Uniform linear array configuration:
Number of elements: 16
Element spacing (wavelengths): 0.25
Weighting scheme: hamming
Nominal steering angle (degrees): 45
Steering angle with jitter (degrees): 43.627
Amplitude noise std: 0.05
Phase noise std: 0.05

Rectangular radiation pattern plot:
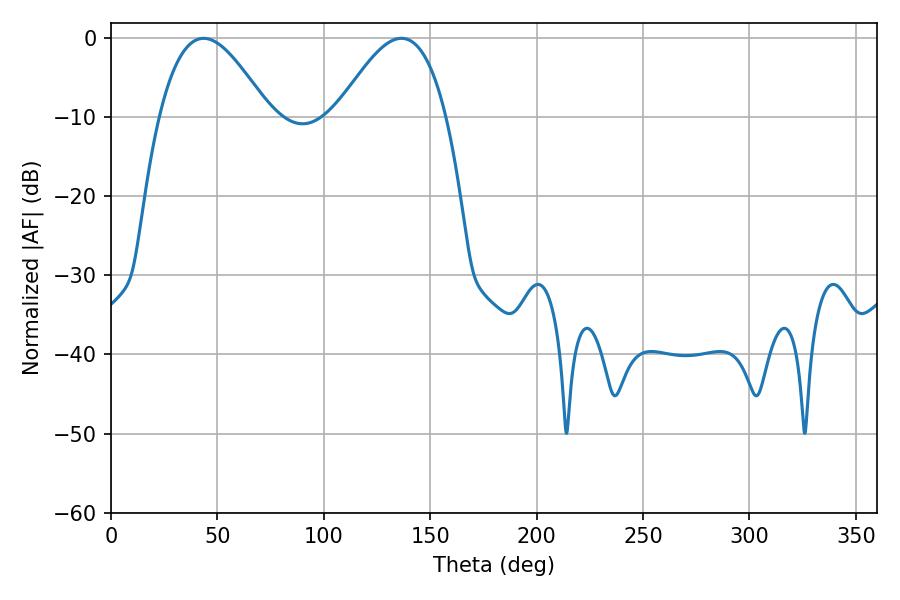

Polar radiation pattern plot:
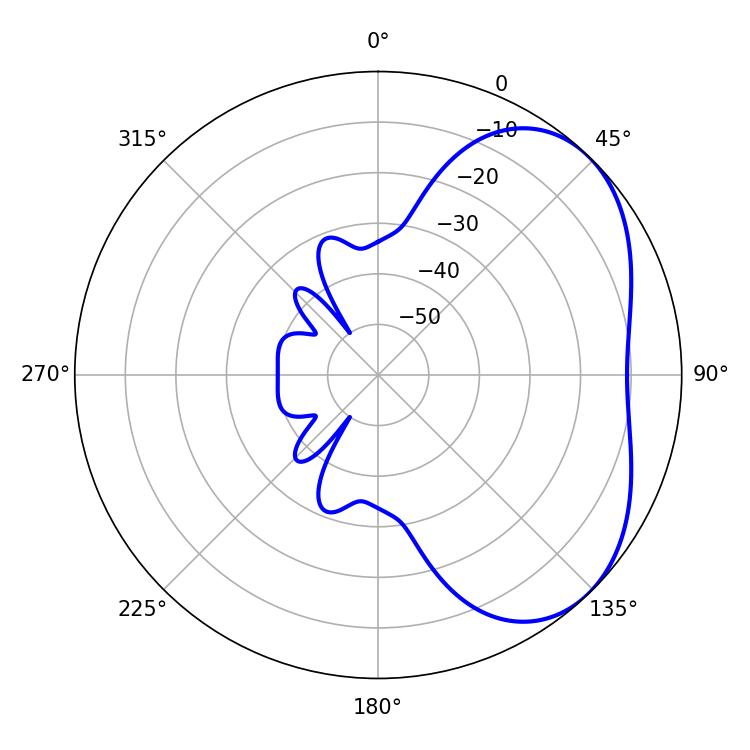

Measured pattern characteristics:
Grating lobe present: FALSE
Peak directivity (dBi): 4.041
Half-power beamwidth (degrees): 27.72
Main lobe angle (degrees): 43.56